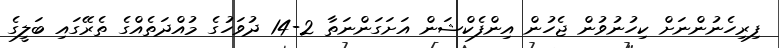
ފިރިހެނުންނަށް ކިހުނުވުން ޖެހުން އިންފެކްޝަން އަށަގަންނަތާ 2-14 ދުވަހުގެ މުއްދަތެއްގެ ތެރޭގައި ބަލީގެ